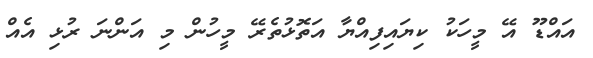
އައްޑޫ އޭ މީހަކު ކިޔައިފިއްޔާ އަތޮޅުތެރޭ މީހުން މި އަންނަ ރުޅި އެއް